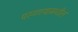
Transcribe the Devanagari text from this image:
परगण्यामधील